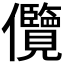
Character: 𭀓